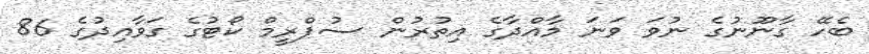
ބެހޭ ގާނޫނުގެ ނުވަ ވަނަ މާއްދާގެ އިތުރުން ސުޕްރީމް ކޯޓުގެ ގަވާއިދުގެ 86